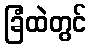
ခြံထဲတွင်